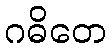
ဂဓိတေ